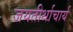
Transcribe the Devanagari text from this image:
जयतीर्थाचार्य